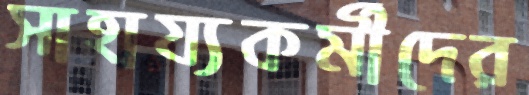
সাহায্যকর্মীদের